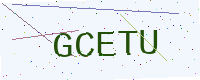
Text: GCETU